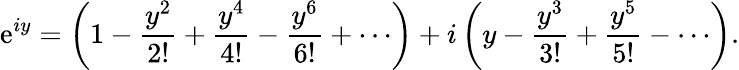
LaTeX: \mathrm{e}^{iy}=\left(1-{\frac{{y^{2}}}{{2!}}}+{\frac{{y^{4}}}{{4!}}}-{\frac{{y^{6}}}{{6!}}}+\cdots\right)+i\left(y-{\frac{{y^{3}}}{{3!}}}+{\frac{{y^{5}}}{{5!}}}-\cdots\right).